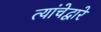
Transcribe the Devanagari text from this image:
त्यांचेद्वारे